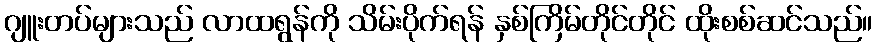
ဂျူးတပ်များသည် လာထရွန်ကို သိမ်းပိုက်ရန် နှစ်ကြိမ်တိုင်တိုင် ထိုးစစ်ဆင်သည်။